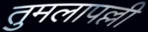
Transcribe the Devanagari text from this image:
तुमलापल्ली